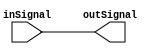
/*
 *	Verilog uses C-style comments
 */
module simple(
		/*
		 *	The identifiers listed here are known
		 *	as the "ports" of the Verilog module
		 *	and this part of the module (in parenthesis)
		 *	is known as the "port list".
		 *
		 *	We will follow a number of conventions
		 *	for the stylistic layout of Verilog code.
		 *	You can find the list of conventions here:
		 *
		 *	github.com/physical-computation/conventions/README-RTLCodingConvention.md
		 */
			input	inSignal,
			output	outSignal
		);

	/*
	 *	And finally the module's implementation.
	 */
	assign		outSignal = inSignal;
endmodule